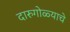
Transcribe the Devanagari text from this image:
दारुगोळ्याचे